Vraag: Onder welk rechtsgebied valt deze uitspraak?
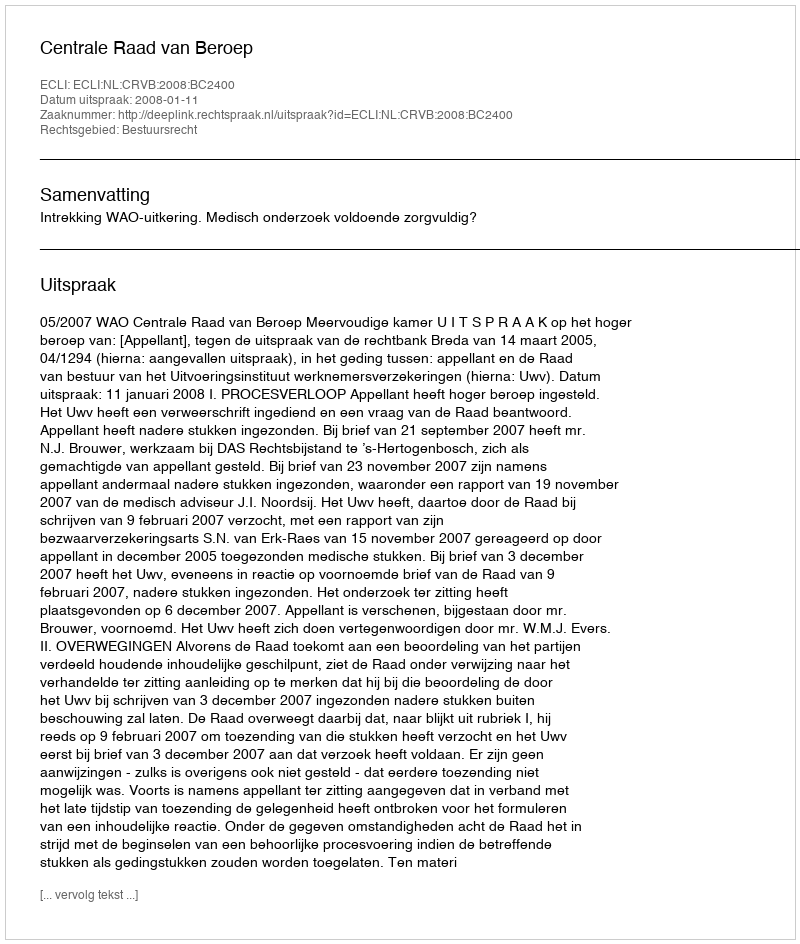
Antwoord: Bestuursrecht